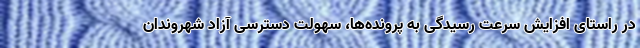
در راستای افزایش سرعت رسیدگی به پرونده‌ها، سهولت دسترسی آزاد شهروندان